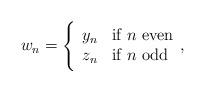
LaTeX: \begin{align*}w_n =\Bigg\{\begin{array}{ll} y_n & \mbox{if } n \textrm{ even} \\ z_n & \mbox{if } n \textrm{ odd}\end{array},\end{align*}